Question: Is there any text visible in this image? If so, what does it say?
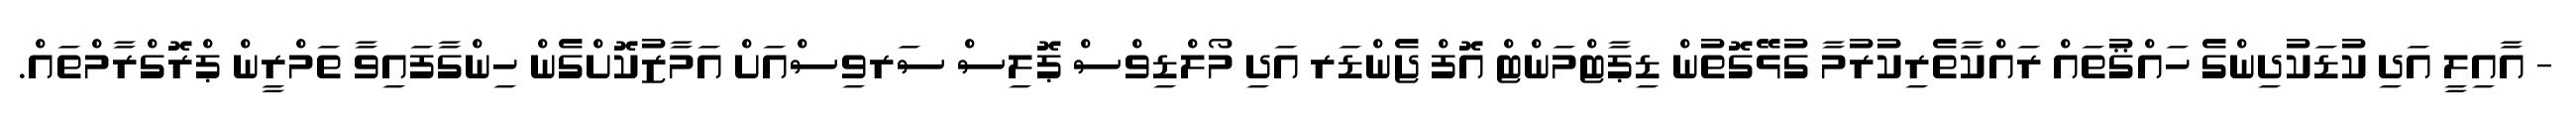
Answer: - އާއިލީ އަދި ކުޑަކުދިންގެ ހައްޤުތައް ރައްކާތެރިކުރުމާ ގުޅޭގޮތުން ޑިޕާޓްމަންޓް އޮފް ޖެންޑަރ އަދި މޯލްޑިވްސް ޕޮލިސް ސަރވިސްއަށް އަމާޒުކޮށްގެން ހިންގާފައިވާ ތަމްރީން ޕްރޮގްރާމްތައް.